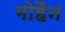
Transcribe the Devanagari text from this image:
गोहैन